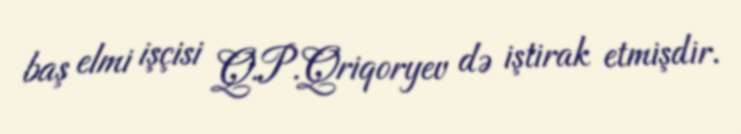
baş elmi işçisi Q.P.Qriqoryev də iştirak etmişdir.